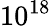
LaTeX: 10^{18}